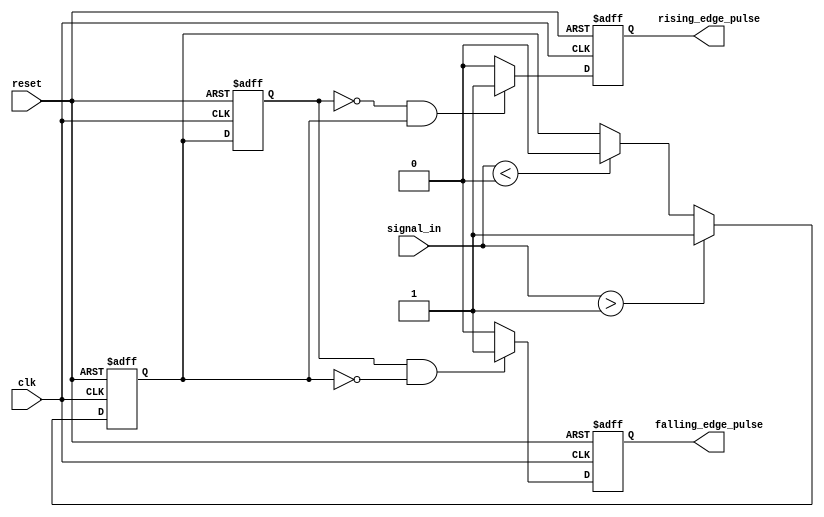
module schmitt_trigger_edge_detector (
    input wire clk,                // Clock signal
    input wire reset,              // Asynchronous reset
    input wire signal_in,          // Input signal to be monitored
    output reg rising_edge_pulse,  // Output pulse for rising edge
    output reg falling_edge_pulse   // Output pulse for falling edge
);

    // Parameters for Schmitt Trigger thresholds
    parameter THRESHOLD_H = 1;     // High threshold
    parameter THRESHOLD_L = 0;     // Low threshold

    // State variables
    reg signal_in_d;               // Delayed version of signal_in
    reg signal_state;              // Current state of the signal
    reg signal_state_prev;         // Previous state of the signal

    // Schmitt Trigger Logic
    always @(posedge clk or posedge reset) begin
        if (reset) begin
            signal_state <= 0;      // Initialize state to low on reset
            signal_in_d <= 0;       // Initialize delayed input to low
        end else begin
            // Update delayed signal
            signal_in_d <= signal_in;

            // Schmitt Trigger behavior
            if (signal_in > THRESHOLD_H) begin
                signal_state <= 1;    // Set state to high if above high threshold
            end else if (signal_in < THRESHOLD_L) begin
                signal_state <= 0;    // Set state to low if below low threshold
            end
        end
    end

    // Edge Detection Logic
    always @(posedge clk or posedge reset) begin
        if (reset) begin
            rising_edge_pulse <= 0;  // Initialize rising edge pulse to low
            falling_edge_pulse <= 0; // Initialize falling edge pulse to low
            signal_state_prev <= 0;   // Initialize previous state to low
        end else begin
            // Detect rising edge
            if (signal_state_prev == 0 && signal_state == 1) begin
                rising_edge_pulse <= 1; // Generate rising edge pulse
            end else begin
                rising_edge_pulse <= 0;  // Clear rising edge pulse
            end

            // Detect falling edge
            if (signal_state_prev == 1 && signal_state == 0) begin
                falling_edge_pulse <= 1; // Generate falling edge pulse
            end else begin
                falling_edge_pulse <= 0; // Clear falling edge pulse
            end

            // Update previous state
            signal_state_prev <= signal_state;
        end
    end

endmodule